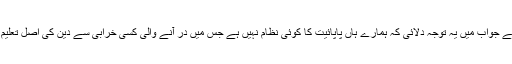
میں نے اس سوال کے جواب میں یہ توجہ دلائی کہ ہمارے ہاں پاپائیت کا کوئی نظام نہیں ہے جس میں در آنے والی کسی خرابی سے دین کی اصل تعلیم پر پردے پڑ جائیں۔